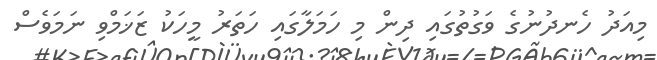
މިއަދު ހެނދުނުގެ ވަގުތުގައި ދިން މި ހަމަލާގައި ހަތަރު މީހަކު ޒަޚަމްވި ނަމަވެސް